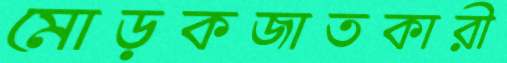
মোড়কজাতকারী